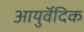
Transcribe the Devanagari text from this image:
आयुर्वॆदिक